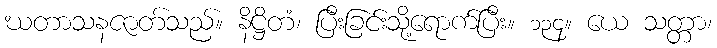
ဃတာသနဇာတ်သည်။ နိဋ္ဌိတံ၊ ပြီးခြင်းသို့ရောက်ပြီး။ ၁၃၄။ ယေ သတ္တာ၊